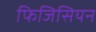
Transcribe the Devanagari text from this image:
फिजिसियन